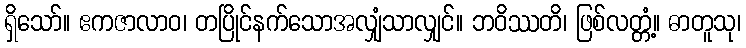
ရှိသော်။ ဧကဇာလာဝ၊ တပြိုင်နက်သောအလျှံသာလျှင်။ ဘဝိဿတိ၊ ဖြစ်လတ္တံ့။ ဓာတူသု၊